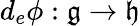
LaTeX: d_{e}\phi:{\mathfrak{g}}\to{\mathfrak{h}}